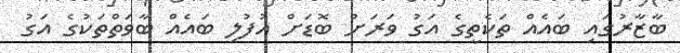
ބާޒާރުގައި ބައެއް ތަކެތީގެ އަގު ވަރަށް ބޮޑަށް އުފުލި ބައެއް ބާވަތްތަކުގެ އަގު